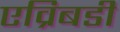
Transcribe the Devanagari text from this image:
एव्रिबडी